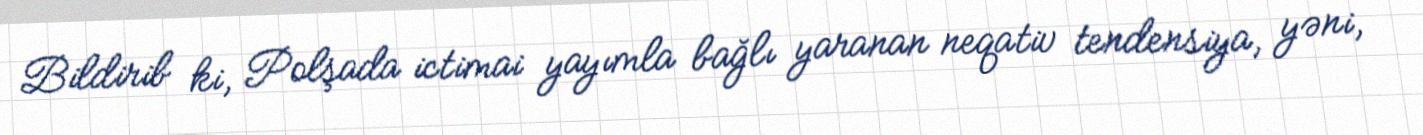
Bildirib ki, Polşada ictimai yayımla bağlı yaranan neqativ tendensiya, yəni,